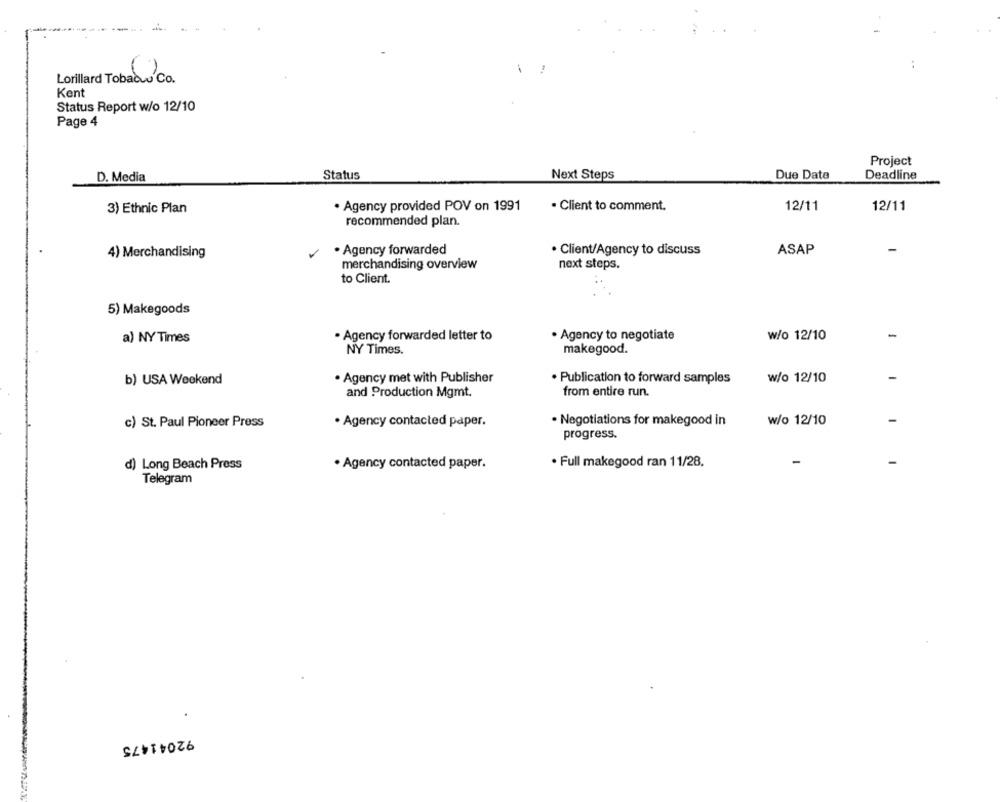
Lorillard Tobacco Co.
Kent
Status Report w/o 12/10
Page 4
Project
D. Media
Status
Next Steps
Due Date
Deadline
3) Ethnic Plan
Agency provided POV on 1991
· Client to comment.
12/11
12/11
recommended plan.
ASAP
-
4) Merchandising
. Agency forwarded
· Client/Agency to discuss
merchandising overview
next steps.
to Client.
5) Makegoods
. Agency forwarded letter to
. Agency to negotiate
w/o 12/10
a) NY Times
NY Times.
makegood.
· Agency met with Publisher
b) USA Weekend
· Publication to forward samples
w/o 12/10
and Production Mgmt.
from entire run.
c) St. Paul Pioneer Press
. Agency contacted paper.
. Negotiations for makegood in
w/o 12/10
progress.
d) Long Beach Press
· Agency contacted paper.
· Full makegood ran 11/28.
-
Telegram
92041475